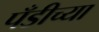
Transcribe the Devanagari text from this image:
पँडीच्या